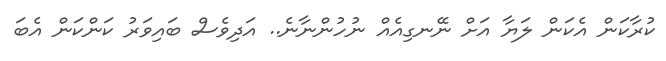
ކުރާކަން އެކަން ލަޔާ އަށް ނޭނގިއެއް ނުހުންނާނެ.. އަދިވެސް ބައިވަރު ކަންކަން އެބަ